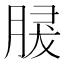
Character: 𦜺